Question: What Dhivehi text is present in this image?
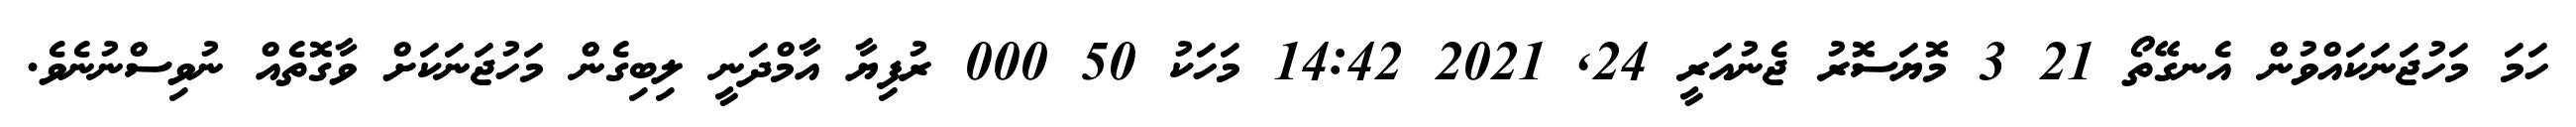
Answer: ހަމަ މަހުޖަނަކައްވުން އެނގޭތޯ 21 3 މޮޔަސޮރު ޖެނުއަރީ 24, 2021 14:42 މަހަކު 50 000 ރުފިޔާ އާމްދަނީ ލިބިގެން މަހުޖަނަކަށް ވާގޮތެއް ނުވިސްނުނެވެ.